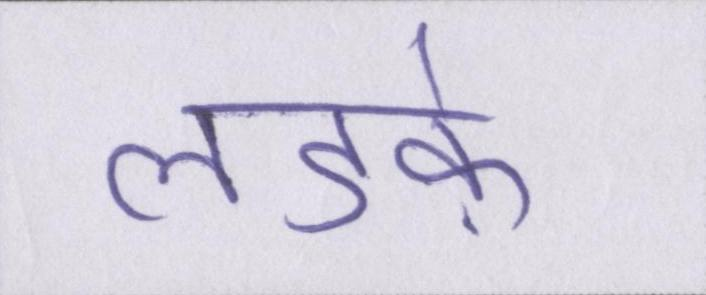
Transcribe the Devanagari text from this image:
लडक़े